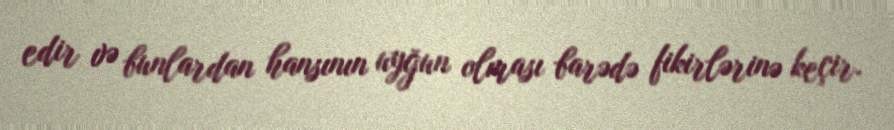
edir və bunlardan hansının uyğun olması barədə fikirlərinə keçir.